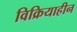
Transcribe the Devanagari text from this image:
विक्रियाहीन